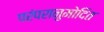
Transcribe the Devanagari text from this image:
परंपरानुमोदित